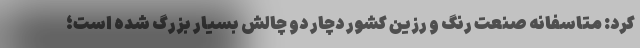
کرد: متاسفانه صنعت رنگ و رزین کشور دچار دو چالش بسیار بزرگ شده است؛